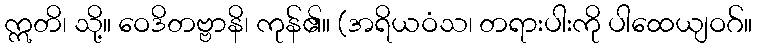
ဣတိ၊ သို့။ ဝေဒိတဗ္ဗာနိ၊ ကုန်၏။ (အရိယဝံသ၊ တရားပါးကို ပါထေယျဝဂ်။